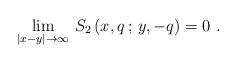
LaTeX: \begin{align*}\lim_{|x-y|\rightarrow \infty} \, S_{2} \, (x,q \, ; \, y,-q) = 0 \ .\end{align*}